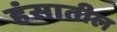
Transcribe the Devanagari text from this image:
हंसातील